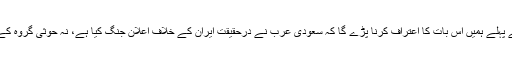
سب سے پہلے ہمیں اس بات کا اعتراف کرنا پڑے گا کہ سعودی عرب نے درحقیقت ایران کے خلاف اعلان جنگ کیا ہے، نہ حوثی گروہ کے خلاف۔